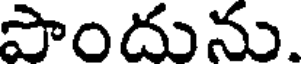
పొందును.